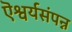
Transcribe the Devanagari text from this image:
ऎश्वर्यसंपन्न